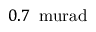
0 . 7 \, \mathrm { \ m u r a d }